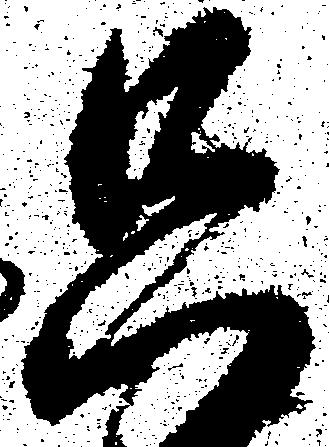
只